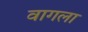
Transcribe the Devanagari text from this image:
वागला